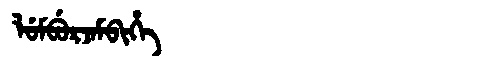
Manchu: ᠯᡠᠮᠪᡠᡵᠵᠠᠮᠪᡳᡥᡝ
Romanization: LUMBURJAMBIHE